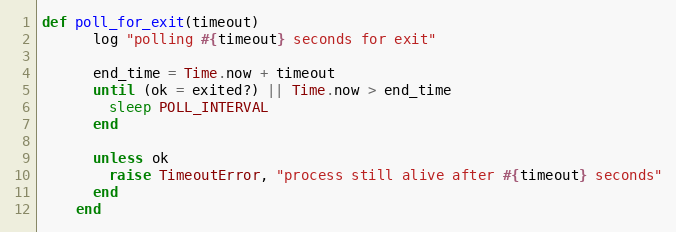
Language: Ruby
def poll_for_exit(timeout)
      log "polling #{timeout} seconds for exit"

      end_time = Time.now + timeout
      until (ok = exited?) || Time.now > end_time
        sleep POLL_INTERVAL
      end

      unless ok
        raise TimeoutError, "process still alive after #{timeout} seconds"
      end
    end